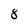
Character: 8